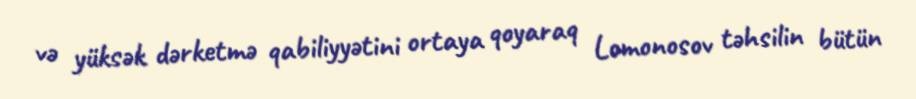
və yüksək dərketmə qabiliyyətini ortaya qoyaraq Lomonosov təhsilin bütün